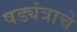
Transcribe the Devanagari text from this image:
षड्यंत्राचे